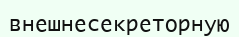
внешнесекреторную